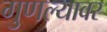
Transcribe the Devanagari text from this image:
गुणल्यावर